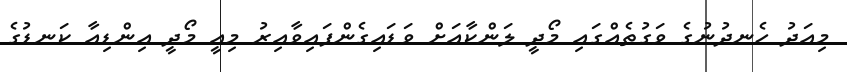
މިއަދު ހެނދުނުގެ ވަގުތެއްގައި މޯދީ ލަންކާއަށް ވަޑައިގެންފައިވާއިރު މިއީ މޯދީ އިންޑިއާ ކަނޑުގެ